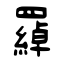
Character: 羄